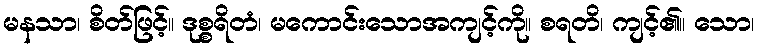
မနသာ၊ စိတ်ဖြင့်။ ဒုစ္စရိတံ၊ မကောင်းသောအကျင့်ကို။ စရတိ၊ ကျင့်၏။ သော၊